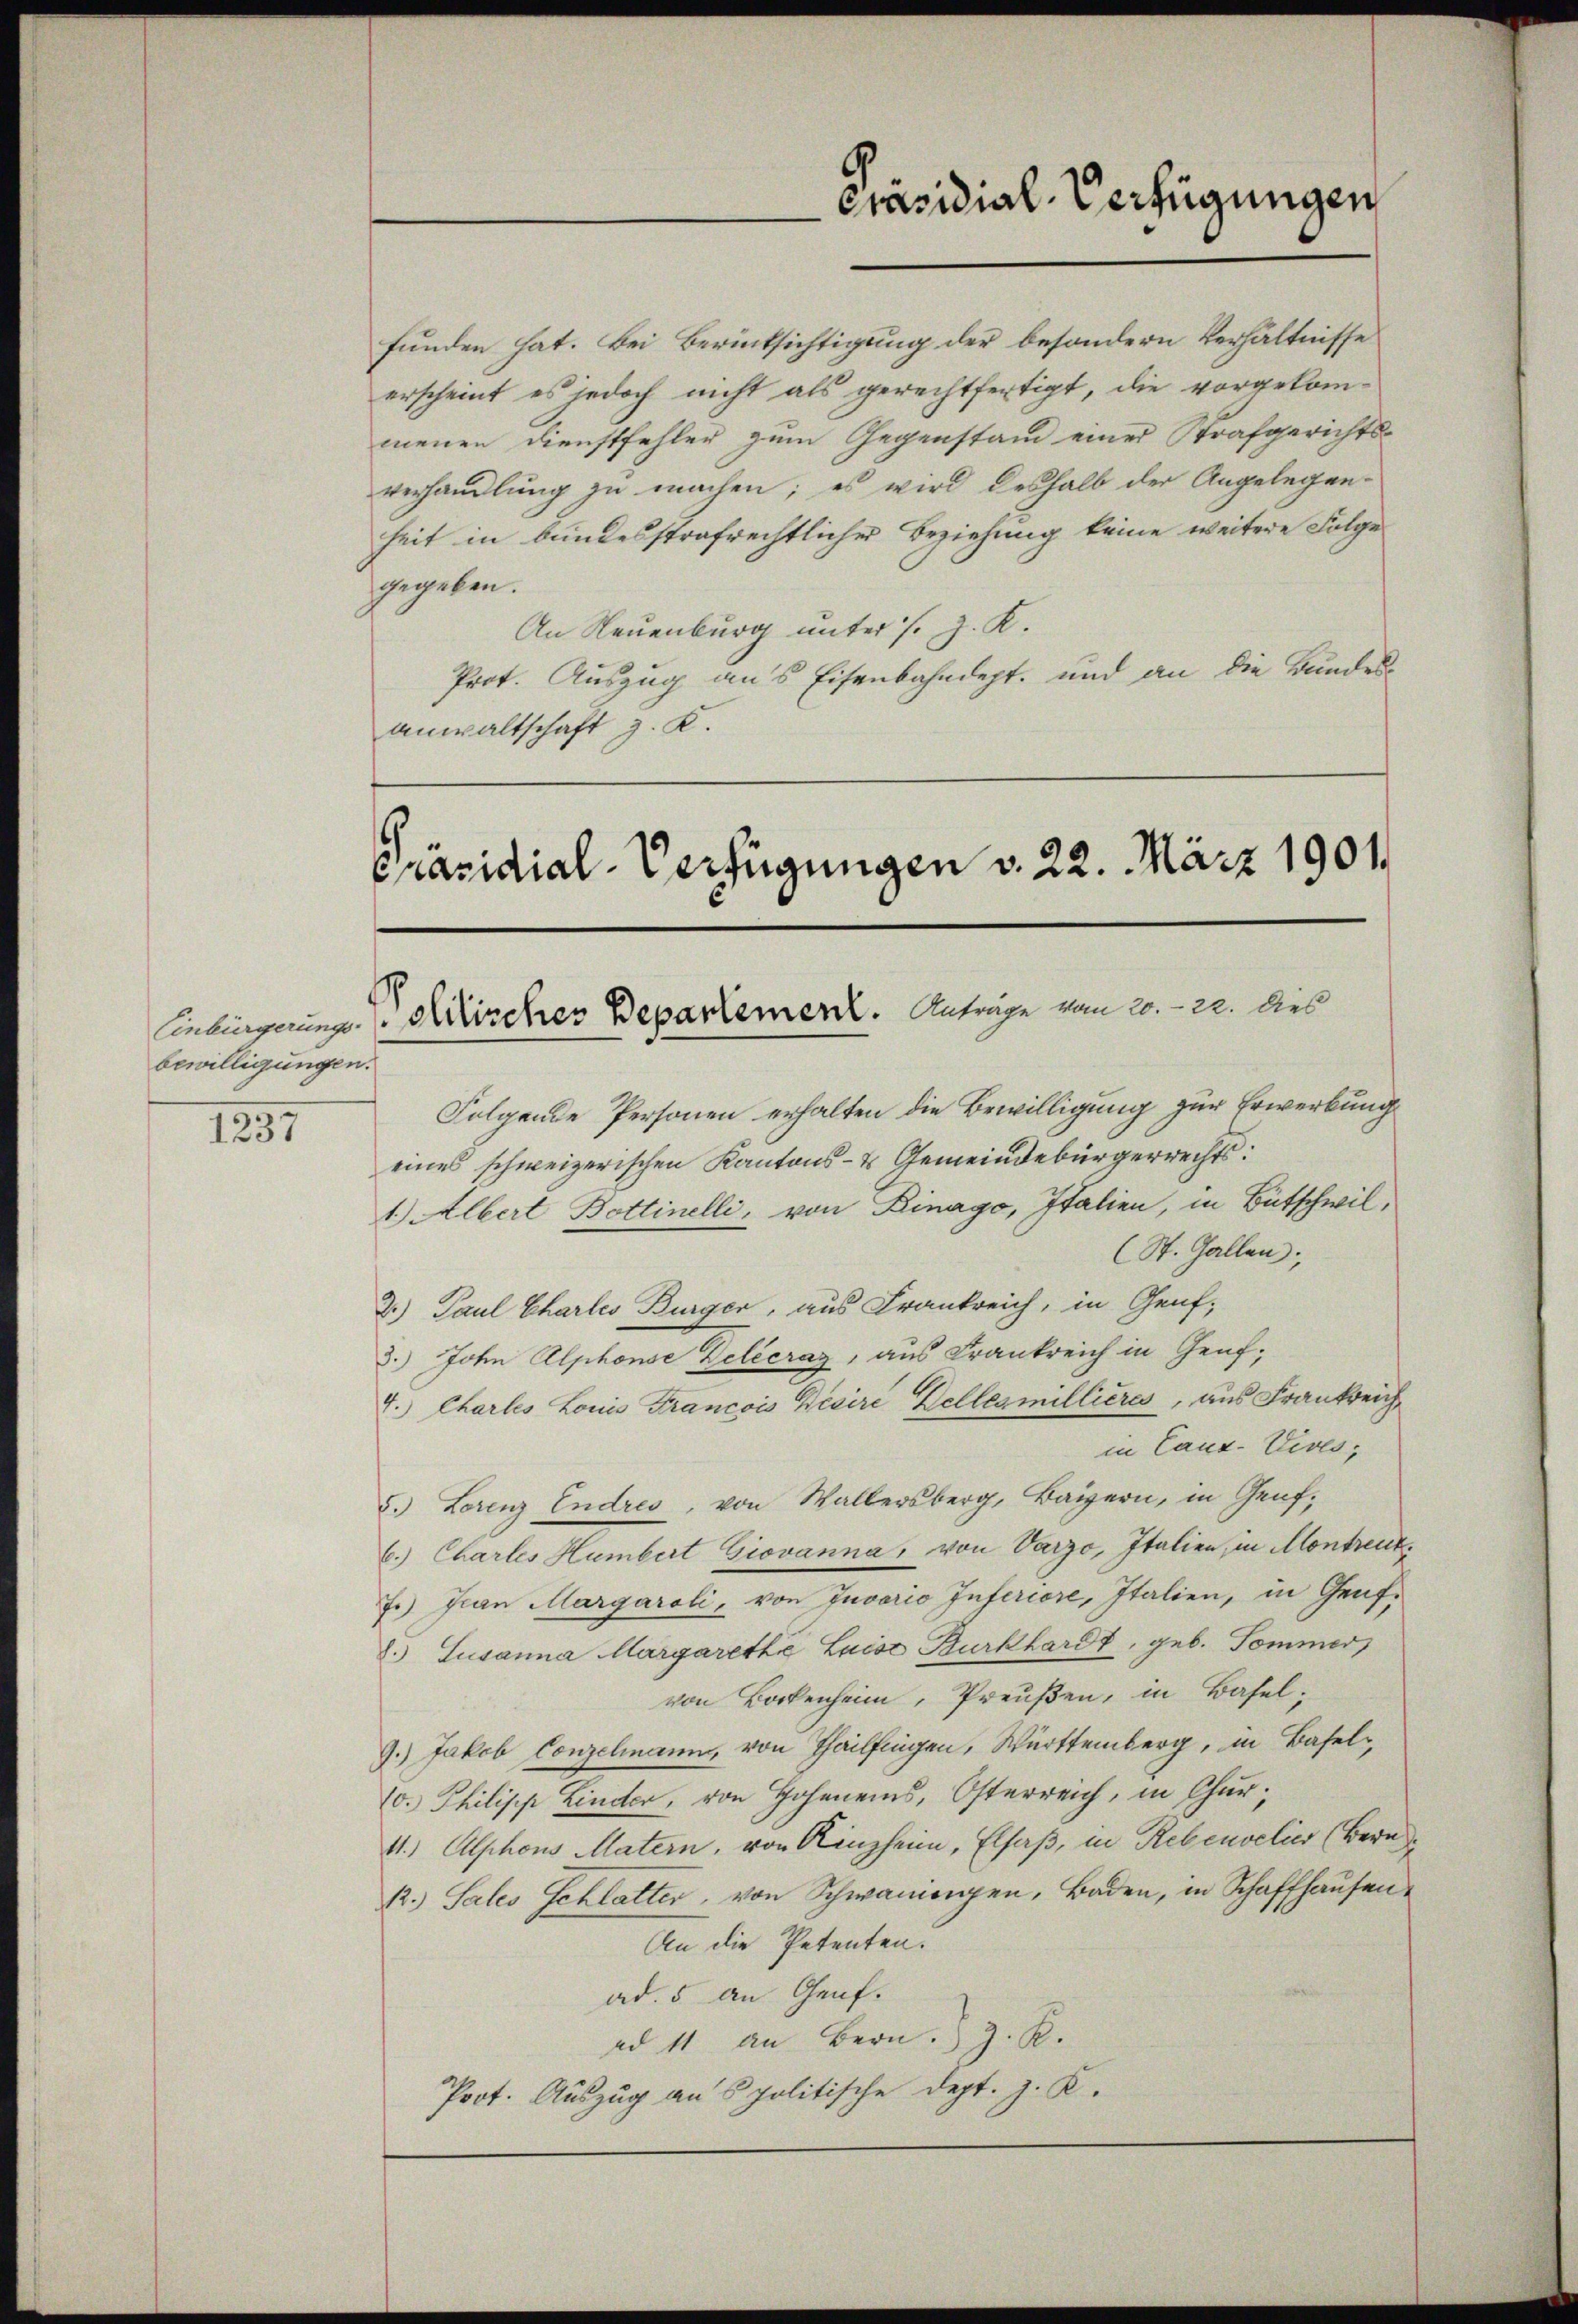
bewilligungen.
1237

funden hat. Bei Berücksichtigung der besondern Verhältnisse
erscheint es jedoch nicht als gerechtfertigt, die vorgekommenen Dienstfehler zum Gegenstand einer Strafgerichts-
verhandlung zu machen; es wird deshalb der Angelegen-
heit in bundesstrafrechtlicher Beziehung keine weitere Folge
gegeben.
An Neuenburg unter s. z. K.
Prot. Auszug aus Eisenbahndept, und an die Bundes
anwaltschaft z. K.

Präsidial-Verfügungen

Präsidial-Verfügungen v. 22. März 1901.
Einbürgerung. Kircher Departement. Anträge vom 20. 22. dies

Folgende Personen erhalten die Bewilligung zur Erwerbung
eines schweizerischen Kantons- & Gemeindebürgerrechts
1.) Albert Bottinelli, von Kinago, Italien, in Bütschwil,
(St. Gallen,
3.) Paul Chartes Bürger, aus Frankreich, in Genf,
3.) John Alphonse Delécraz, aus Frankreich in Genf;
4.) Chartes Louis Francois Bisire Delles millieres, aus Frankreich
in Canz-Vives,
5.) Lorenz Endres, von Waltersberg, Bayern, in Genf,
6.) Chartes Humbert Giovanna, von Varzo, Italien, in Montreut¬
J.) Jean Margaroli, von Juvario Inferiore, Italien, in Genf¬
8. Susanna Margarette Luise Burkhardt, geb. Sommer
von Bockenheim, Preußen, in Basel¬
9.) Jakob Conzelmann, von Thailfingen, Württemberg, in Basel,
10. Philipp Linder, von Hohens, Österreich, in Chur¬
11.) Alphons Matern, von Kinzheim, Elsaß, in Rebenselis (Bern
12.) Sales Schlatter, von Schwanigen, Baden, in Schaffhausen
An die Petenten.
ad. 5 an Genf.
ad 11 an Bern. J. R.
Prot. Auszug an Spolitische Dept. J. K.